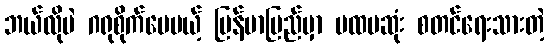
ဘယ်လိုပဲ ဂရုစိုက်ပေမယ့် မြန်မာပြည်မှာ ပထမဆုံး စတင်ရေးသားတဲ့